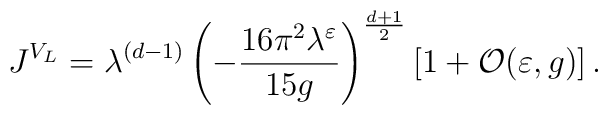
J^{V_L}=\lambda^{(d-1)} \left(-\frac{16\pi^2 \lambda^{\varepsilon}}{15g} \right)^{\frac{d+1}{2}} [1+{\cal O}(\varepsilon,g)] \, .